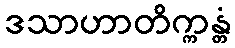
ဒသာဟာတိက္ကန္တံ